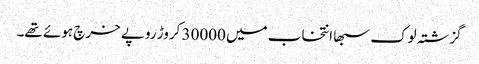
گزشتہ لوک سبھا انتخاب میں 30000 کروڑ روپے خرچ ہوئے تھے۔